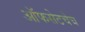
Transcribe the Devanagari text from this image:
ऑफसेटचेच